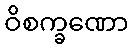
ဝိစက္ခဏော